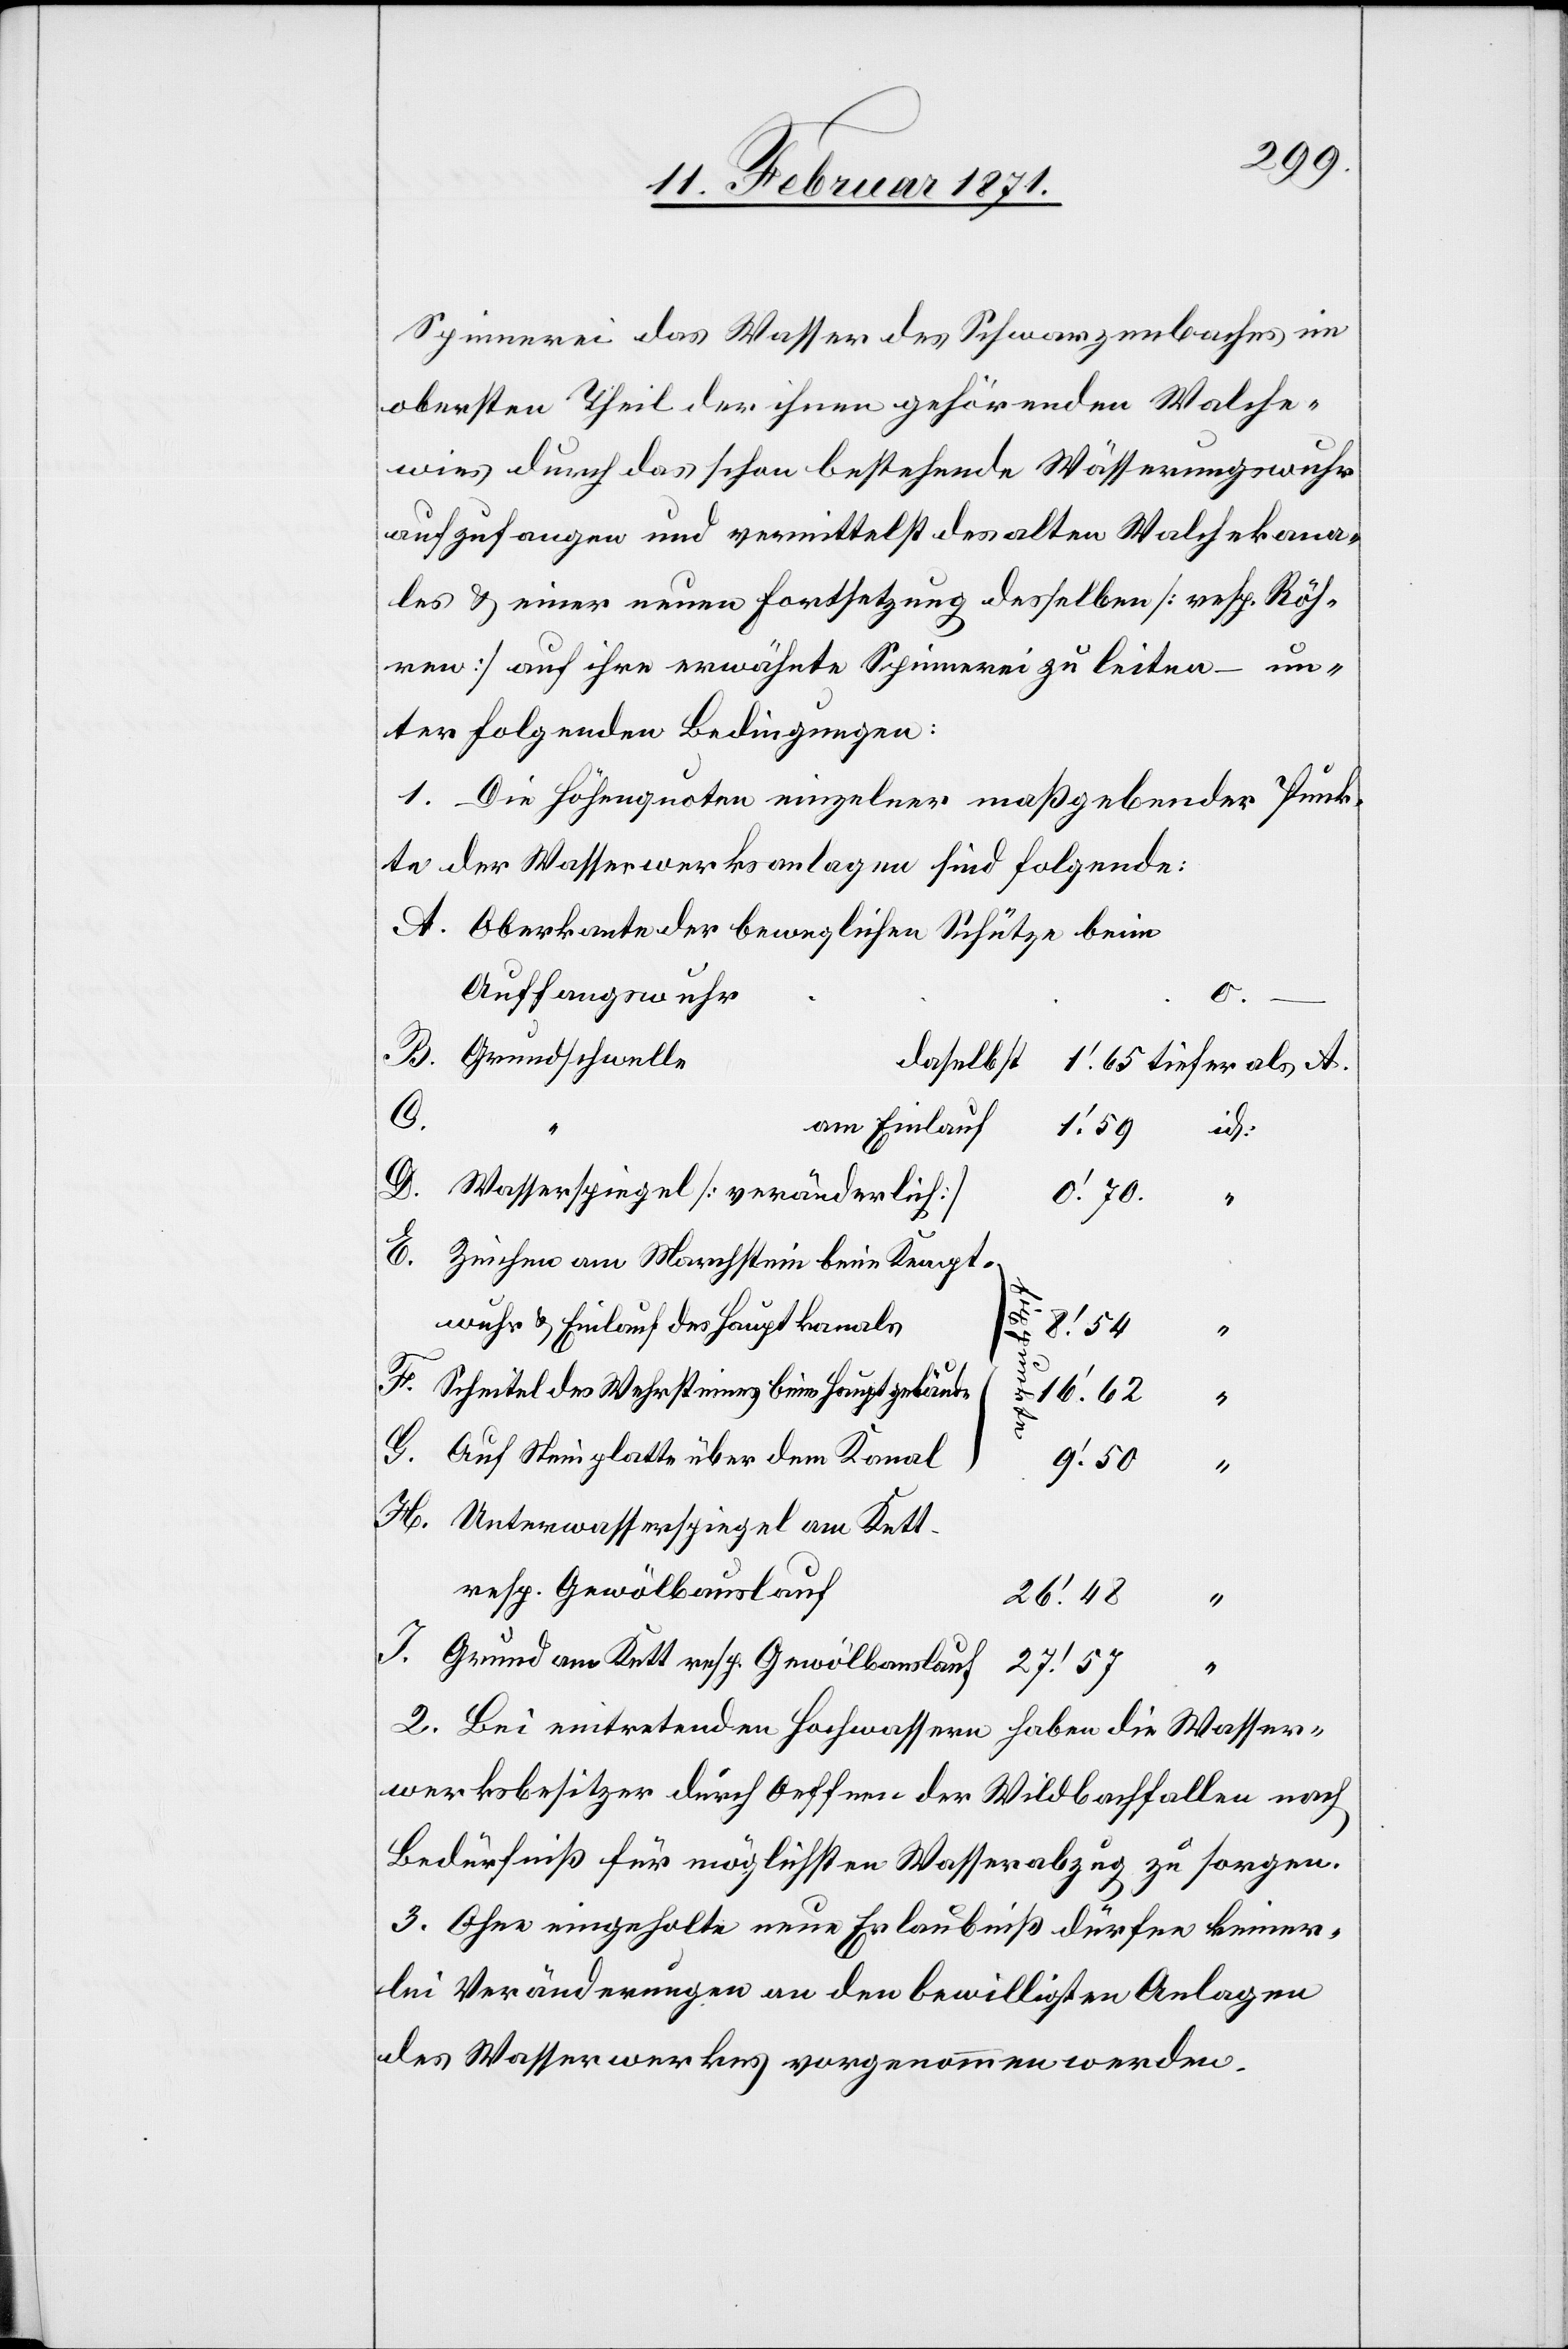
Spinnerei das Wasser des Schwarzenbaches im
obersten Theil der ihnen gehörenden Walche¬
wies durch das schon bestehende Wässerungswuhr
aufzufangen und vermittelst des alten Walchekana¬
les u. einer neuen Fortsetzung desselben [resp. Röh¬
ren] auf ihre erwähnte Spinnerei zu leiten – un¬
ter folgenden Bedingungen:
1. Die Höhenquoten einzelner maßgebender Punk¬
te der Wasserwerksanlagen sind folgende:
Oberkante der beweglichen Schütze beim
Auffangswuhr
I.
B.
Grundschwelle
daselbst
E.
am Einlauf
G.
Wasserspiegel [veränderlich]
0‘.70.
Zeichen am Marchstein beim Kempt-
wuhr u. Einlauf des Hauptkanals
Grund am
Scheitel des Wehrsteines beim Hauptgebäude
16‘.62
Auf Steinglatte über dem Kanal
9‘.50
H.
Unterwasserspiegel am Kett.
resp. Gewölbauslauf
26‘.48
2. Bei eintretenden Hochwassern haben die Wasser¬
werksbesitzer durch Oeffnen der Wildbachfallen nach
Bedürfniß für möglichen Wasserabzug zu sorgen.
3. Ohne eingeholte neue Erlaubniß dürfen keiner¬
lei Veränderungen an den bewilligten Anlagen
des Wasserwerkes vorgenommen werden.